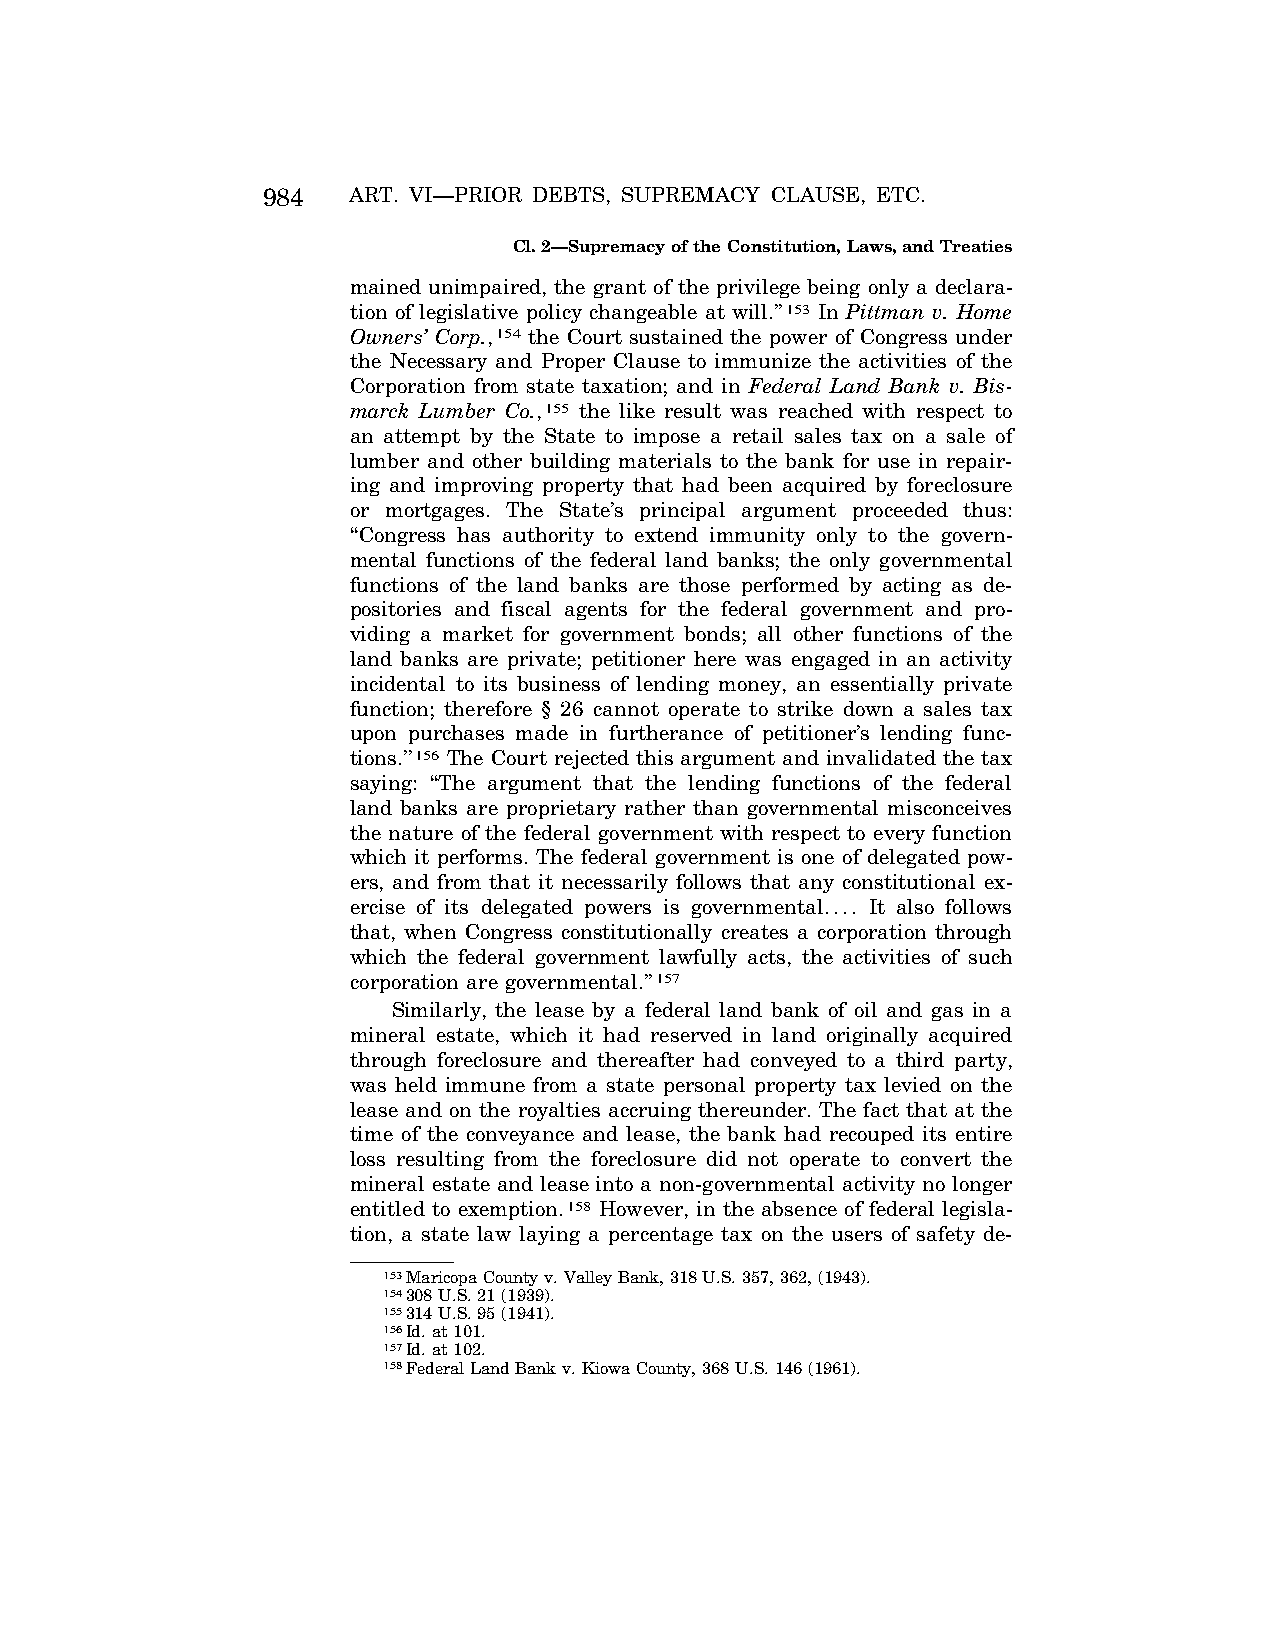
984   ART. VI—PRIOR DEBTS, SUPREMACY CLAUSE, ETC.
 Cl. 2—Supremacy of the Constitution, Laws, and Treaties
 mained unimpaired, the grant of the privilege being only a declara-
 tion of legislative policy changeable at will.’’153 In Pittman v. Home
 Owners’ Corp.,154 the Court sustained the power of Congress under
 the Necessary and Proper Clause to immunize the activities of the
 Corporation from state taxation; and in Federal Land Bank v. Bis-
 marck Lumber Co.,155 the like result was reached with respect to
 an attempt by the State to impose a retail sales tax on a sale of
 lumber and other building materials to the bank for use in repair-
 ing and improving property that had been acquired by foreclosure
 or mortgages. The State’s principal argument proceeded thus:
 ‘‘Congress has authority to extend immunity only to the govern-
 mental functions of the federal land banks; the only governmental
 functions of the land banks are those performed by acting as de-
 positories and fiscal agents for the federal government and pro-
 viding a market for government bonds; all other functions of the
 land banks are private; petitioner here was engaged in an activity
 incidental to its business of lending money, an essentially private
 function; therefore § 26 cannot operate to strike down a sales tax
 upon purchases made in furtherance of petitioner’s lending func-
 tions.’’156 The Court rejected this argument and invalidated the tax
 saying: ‘‘The argument that the lending functions of the federal
 land banks are proprietary rather than governmental misconceives
 the nature of the federal government with respect to every function
 which it performs. The federal government is one of delegated pow-
 ers, and from that it necessarily follows that any constitutional ex-
 ercise of its delegated powers is governmental.... It also follows
 that, when Congress constitutionally creates a corporation through
 which the federal government lawfully acts, the activities of such
 corporation are governmental.’’157
 Similarly, the lease by a federal land bank of oil and gas in a
 mineral estate, which it had reserved in land originally acquired
 through foreclosure and thereafter had conveyed to a third party,
 was held immune from a state personal property tax levied on the
 lease and on the royalties accruing thereunder. The fact that at the
 time of the conveyance and lease, the bank had recouped its entire
 loss resulting from the foreclosure did not operate to convert the
 mineral estate and lease into a non-governmental activity no longer
 entitled to exemption.158 However, in the absence of federal legisla-
 tion, a state law laying a percentage tax on the users of safety de-
 153Maricopa County v. Valley Bank, 318 U.S. 357, 362, (1943).
 154308 U.S. 21 (1939).
 155314 U.S. 95 (1941).
 156Id. at 101.
 157Id. at 102.
 158Federal Land Bank v. Kiowa County, 368 U.S. 146 (1961).
 VerDate Apr<14>2004 11:28 Apr 15, 2004 Jkt 077500 PO 00000 Frm 00026 Fmt 8222 Sfmt 8222 C:\CONAN\CON019.SGM PRFM99 PsN: CON019